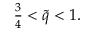
\begin{array} { r } { \frac { 3 } { 4 } < \tilde { q } < 1 . } \end{array}